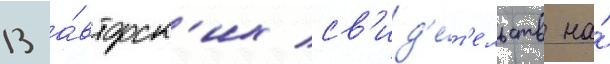
13 а́вторск'их св'ид'е́т'ельств на́